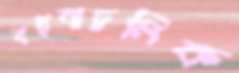
বহুবাচনিক